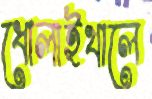
ধোলাইখালে